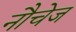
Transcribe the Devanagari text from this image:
नौचेज